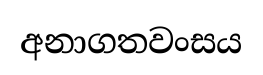
අනාගතවංසය